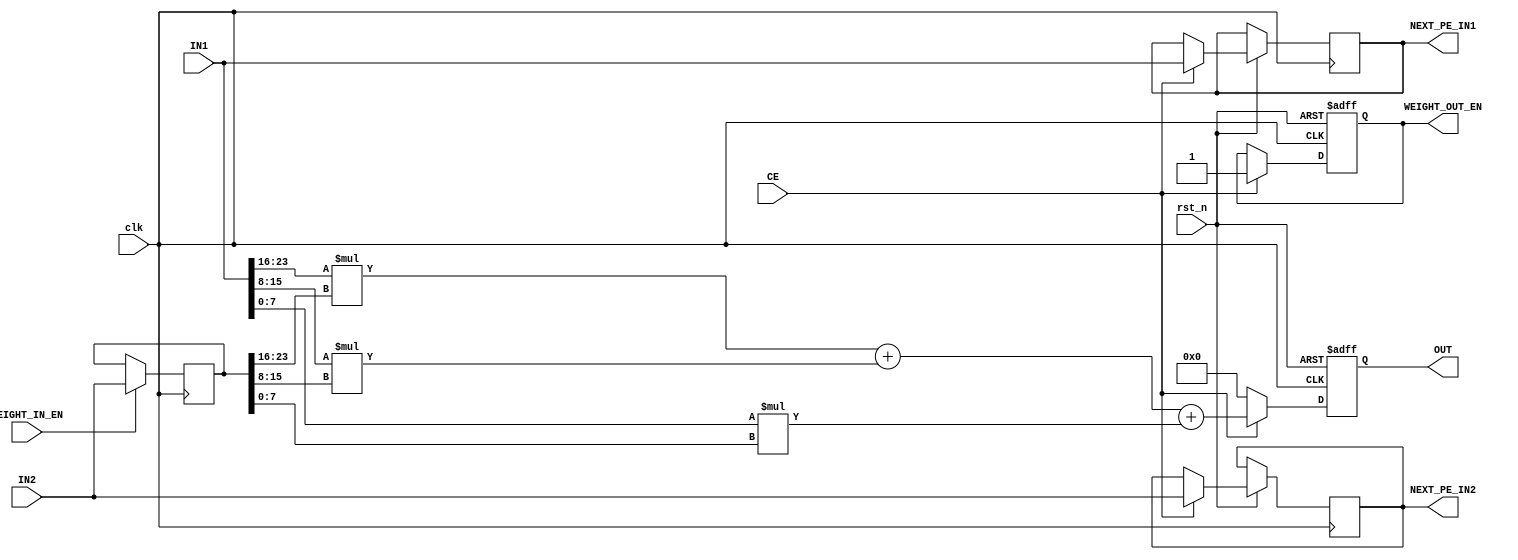
`timescale 1ns / 1ps
module ConvPE3x3 (
  input             clk          ,
  input             rst_n        ,
  input             CE           ,
  input      [23:0] IN1          , //imap
  input             WEIGHT_IN_EN ,
  output reg        WEIGHT_OUT_EN,
  input      [23:0] IN2          , //weight
  output reg [23:0] NEXT_PE_IN1  ,
  output reg [23:0] NEXT_PE_IN2  ,
  output reg [17:0] OUT
);

  reg [23:0] weight;


  //    always @(posedge WEIGHT_IN_EN ) begin
  //        weight  <= IN2;
  //        NEXT_PE_IN2 <= weight;
  //        WEIGHT_OUT_EN <= 1;
  //    end
  always @(posedge clk) begin
    if (WEIGHT_IN_EN) begin
      weight <= IN2;
      //            NEXT_PE_IN2 <= weight;
      //            WEIGHT_OUT_EN <= 1;
    end
  end

  always @(posedge clk or negedge rst_n) begin
    if (!rst_n) begin
      OUT           <= 0;
      WEIGHT_OUT_EN <= 0;
    end else begin
      if (CE) begin
        OUT           <= IN1[23:16] * weight[23:16] + IN1[15:8] * weight[15:8] + IN1[7:0] * weight[7:0];
        NEXT_PE_IN1   <= IN1[23:0];
        NEXT_PE_IN2   <= IN2;
        WEIGHT_OUT_EN <= 1;
      end else begin
        OUT <= 0;
      end
    end
  end


endmodule